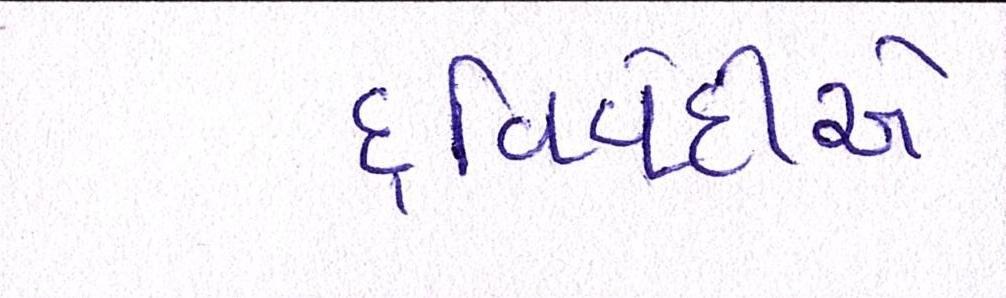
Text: દ્વિવેદીએ